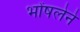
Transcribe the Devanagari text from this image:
भोंषलेने